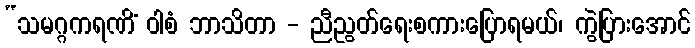
“သမဂ္ဂကရဏိံ ဝါစံ ဘာသိတာ - ညီညွတ်ရေးစကားပြောရမယ်၊ ကွဲပြားအောင်